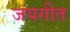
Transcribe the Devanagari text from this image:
जयगीत